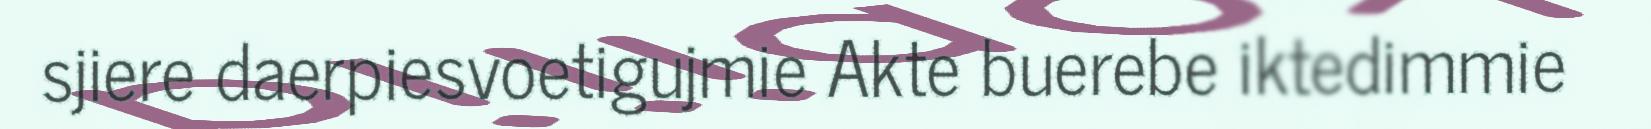
sjiere daerpiesvoetigujmie Akte buerebe iktedimmie